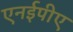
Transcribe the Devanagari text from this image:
एनईपीए